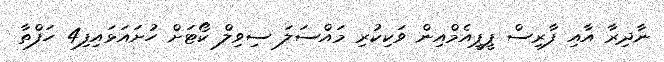
ނާދިރާ އާއި ފާރިސް ޕީޕީއެމްއިން ވަކިކުރި މައްސަލަ ސިވިލް ކޯޓަށް ހުށައަޅައިފި4 ހަފްތާ